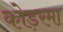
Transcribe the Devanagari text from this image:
कोड़रमा